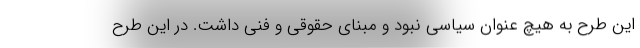
این طرح به هیچ عنوان سیاسی نبود و مبنای حقوقی و فنی داشت. در این طرح